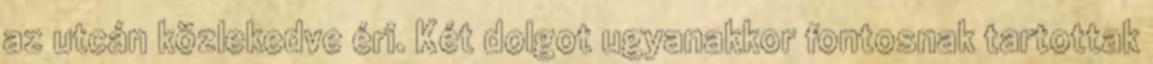
az utcán közlekedve éri. Két dolgot ugyanakkor fontosnak tartottak